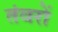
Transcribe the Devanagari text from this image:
तंवरों